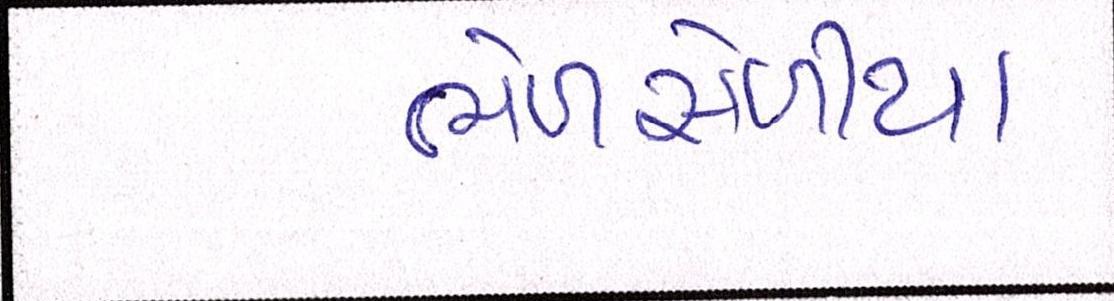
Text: ભેળસેળીયા